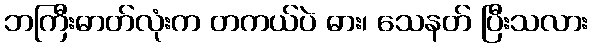
ဘကြီးဓာတ်လုံးက တကယ်ပဲ ဓား၊ သေနတ် ပြီးသလား